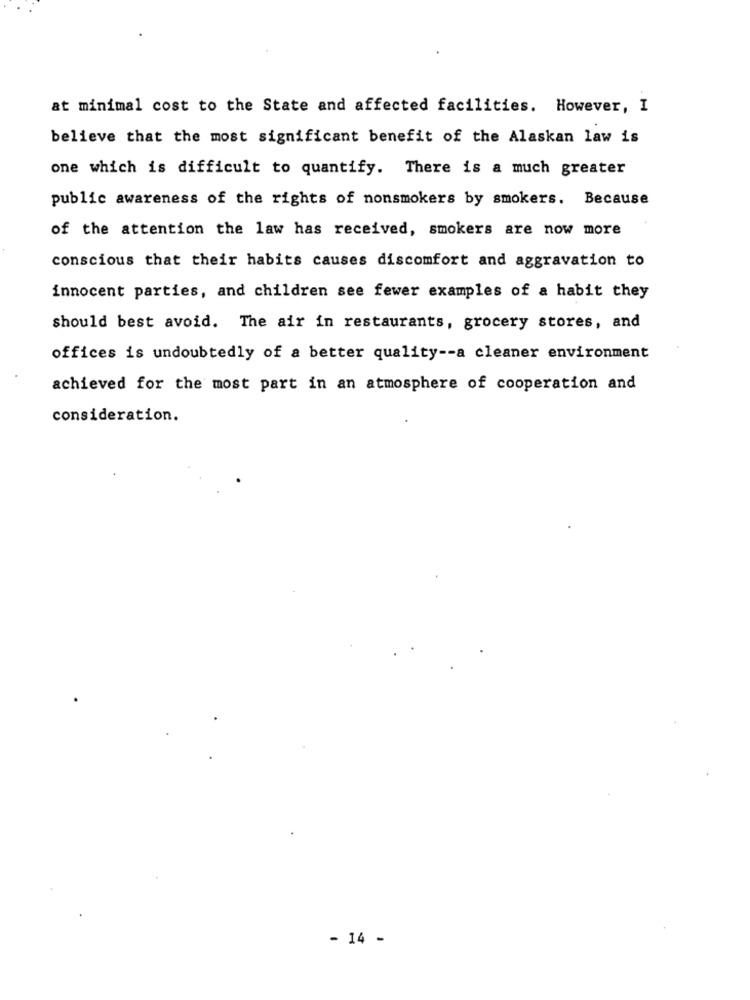
at minimal cost to the State and affected facilities. However, I
believe that the most significant benefit of the Alaskan law is
one which is difficult to quantify. There is a much greater
public awareness of the rights of nonsmokers by smokers. Because
of the attention the law has received, smokers are now more
conscious that their habits causes discomfort and aggravation to
innocent parties, and children see fewer examples of a habit they
should best avoid. The air in restaurants, grocery stores, and
offices is undoubtedly of a better quality -- a cleaner environment
achieved for the most part in an atmosphere of cooperation and
consideration.
- 14 -